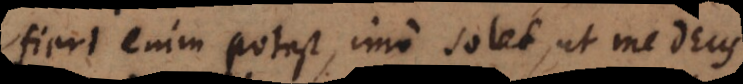
Fieri enim potest, imo solet, ut me Deus